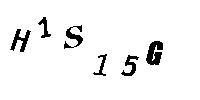
H1S15G